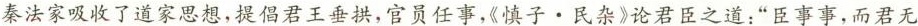
秦法家吸收了道家思想，提倡君王垂拱，官员任事，《慎子 · 民杂》论君臣之道：”臣事事，而君无